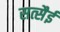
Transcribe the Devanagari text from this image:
सत्सैई